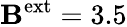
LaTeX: \mathbf{B}^{\mathrm{{ext}}}=3.5